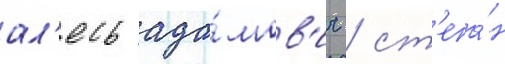
ал'есь ада́мов'ич / ст'епа́н